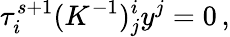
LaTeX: \tau_{i}^{s+1}(K^{-1})_{j}^{i}y^{j}=0\, ,